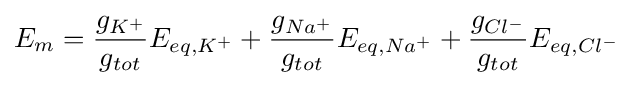
E_{m}={\frac {g_{K^{+}}}{g_{tot}}}E_{eq,K^{+}}+{\frac {g_{Na^{+}}}{g_{tot}}}E_{eq,Na^{+}}+{\frac {g_{Cl^{-}}}{g_{tot}}}E_{eq,Cl^{-}}